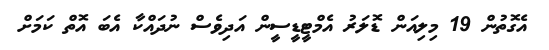
އެގޮތުން 19 މިލިއަން ޑޮލަރު އެމްޓީޑީސީން އަދިވެސް ނުދައްކާ އެބަ އޮތް ކަމަށް